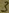
Text: 3